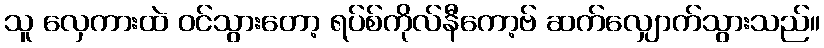
သူ လှေကားထဲ ဝင်သွားတော့ ရပ်စ်ကိုလ်နီကော့ဗ် ဆက်လျှောက်သွားသည်။